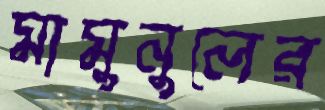
মামুনুলের